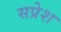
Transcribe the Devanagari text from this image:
सप्रेश